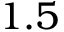
1 . 5